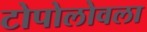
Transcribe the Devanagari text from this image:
टोपोलोवला